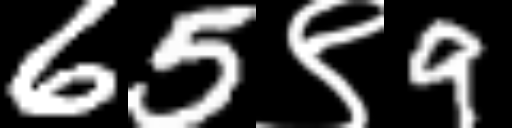
Text: 65९9